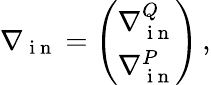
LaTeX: \nabla{}_{\mathrm{~i~n~}}=\left(\begin{array}{l}{\nabla{}_{\mathrm{~i~n~}}^{Q}}\\ {\nabla{}_{\mathrm{~i~n~}}^{P}}\end{array}\right)\, ,